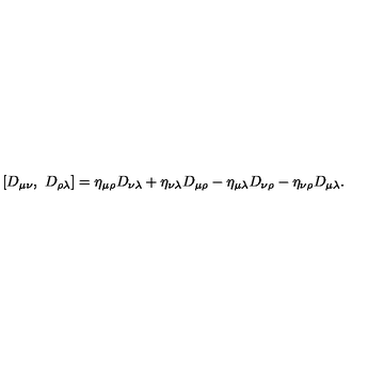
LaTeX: \left[ D _ { \mu \nu } , \ D _ { \rho \lambda } \right] = \eta _ { \mu \rho } D _ { \nu \lambda } + \eta _ { \nu \lambda } D _ { \mu \rho } - \eta _ { \mu \lambda } D _ { \nu \rho } - \eta _ { \nu \rho } D _ { \mu \lambda } .